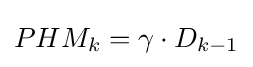
PHM_{k}=\gamma \cdot D_{k-1}